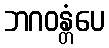
ဘဂဝန္တံပေ